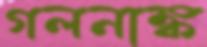
গলনাঙ্ক